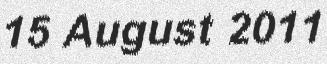
15 August 2011